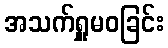
အသက်ရှူမဝခြင်း